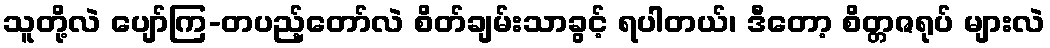
သူတို့လဲ ပျော်ကြ-တပည့်တော်လဲ စိတ်ချမ်းသာခွင့် ရပါတယ်၊ ဒီတော့ စိတ္တဇရုပ် များလဲ